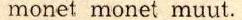
monet monet muut.